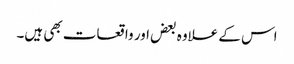
اس کے علاوہ بعض اور واقعات بھی ہیں۔